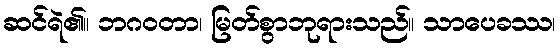
ဆင်ရဲ၏။ ဘဂဝတာ၊ မြတ်စွာဘုရားသည်။ သာပေခဿ၊